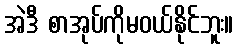
အဲဒီ စာအုပ်ကိုမဝယ်နိုင်ဘူး။